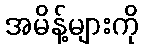
အမိန့်များကို